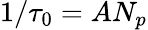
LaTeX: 1/\tau_{0}=AN_{p}